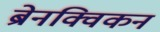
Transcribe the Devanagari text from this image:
ब्रेनक्विकन